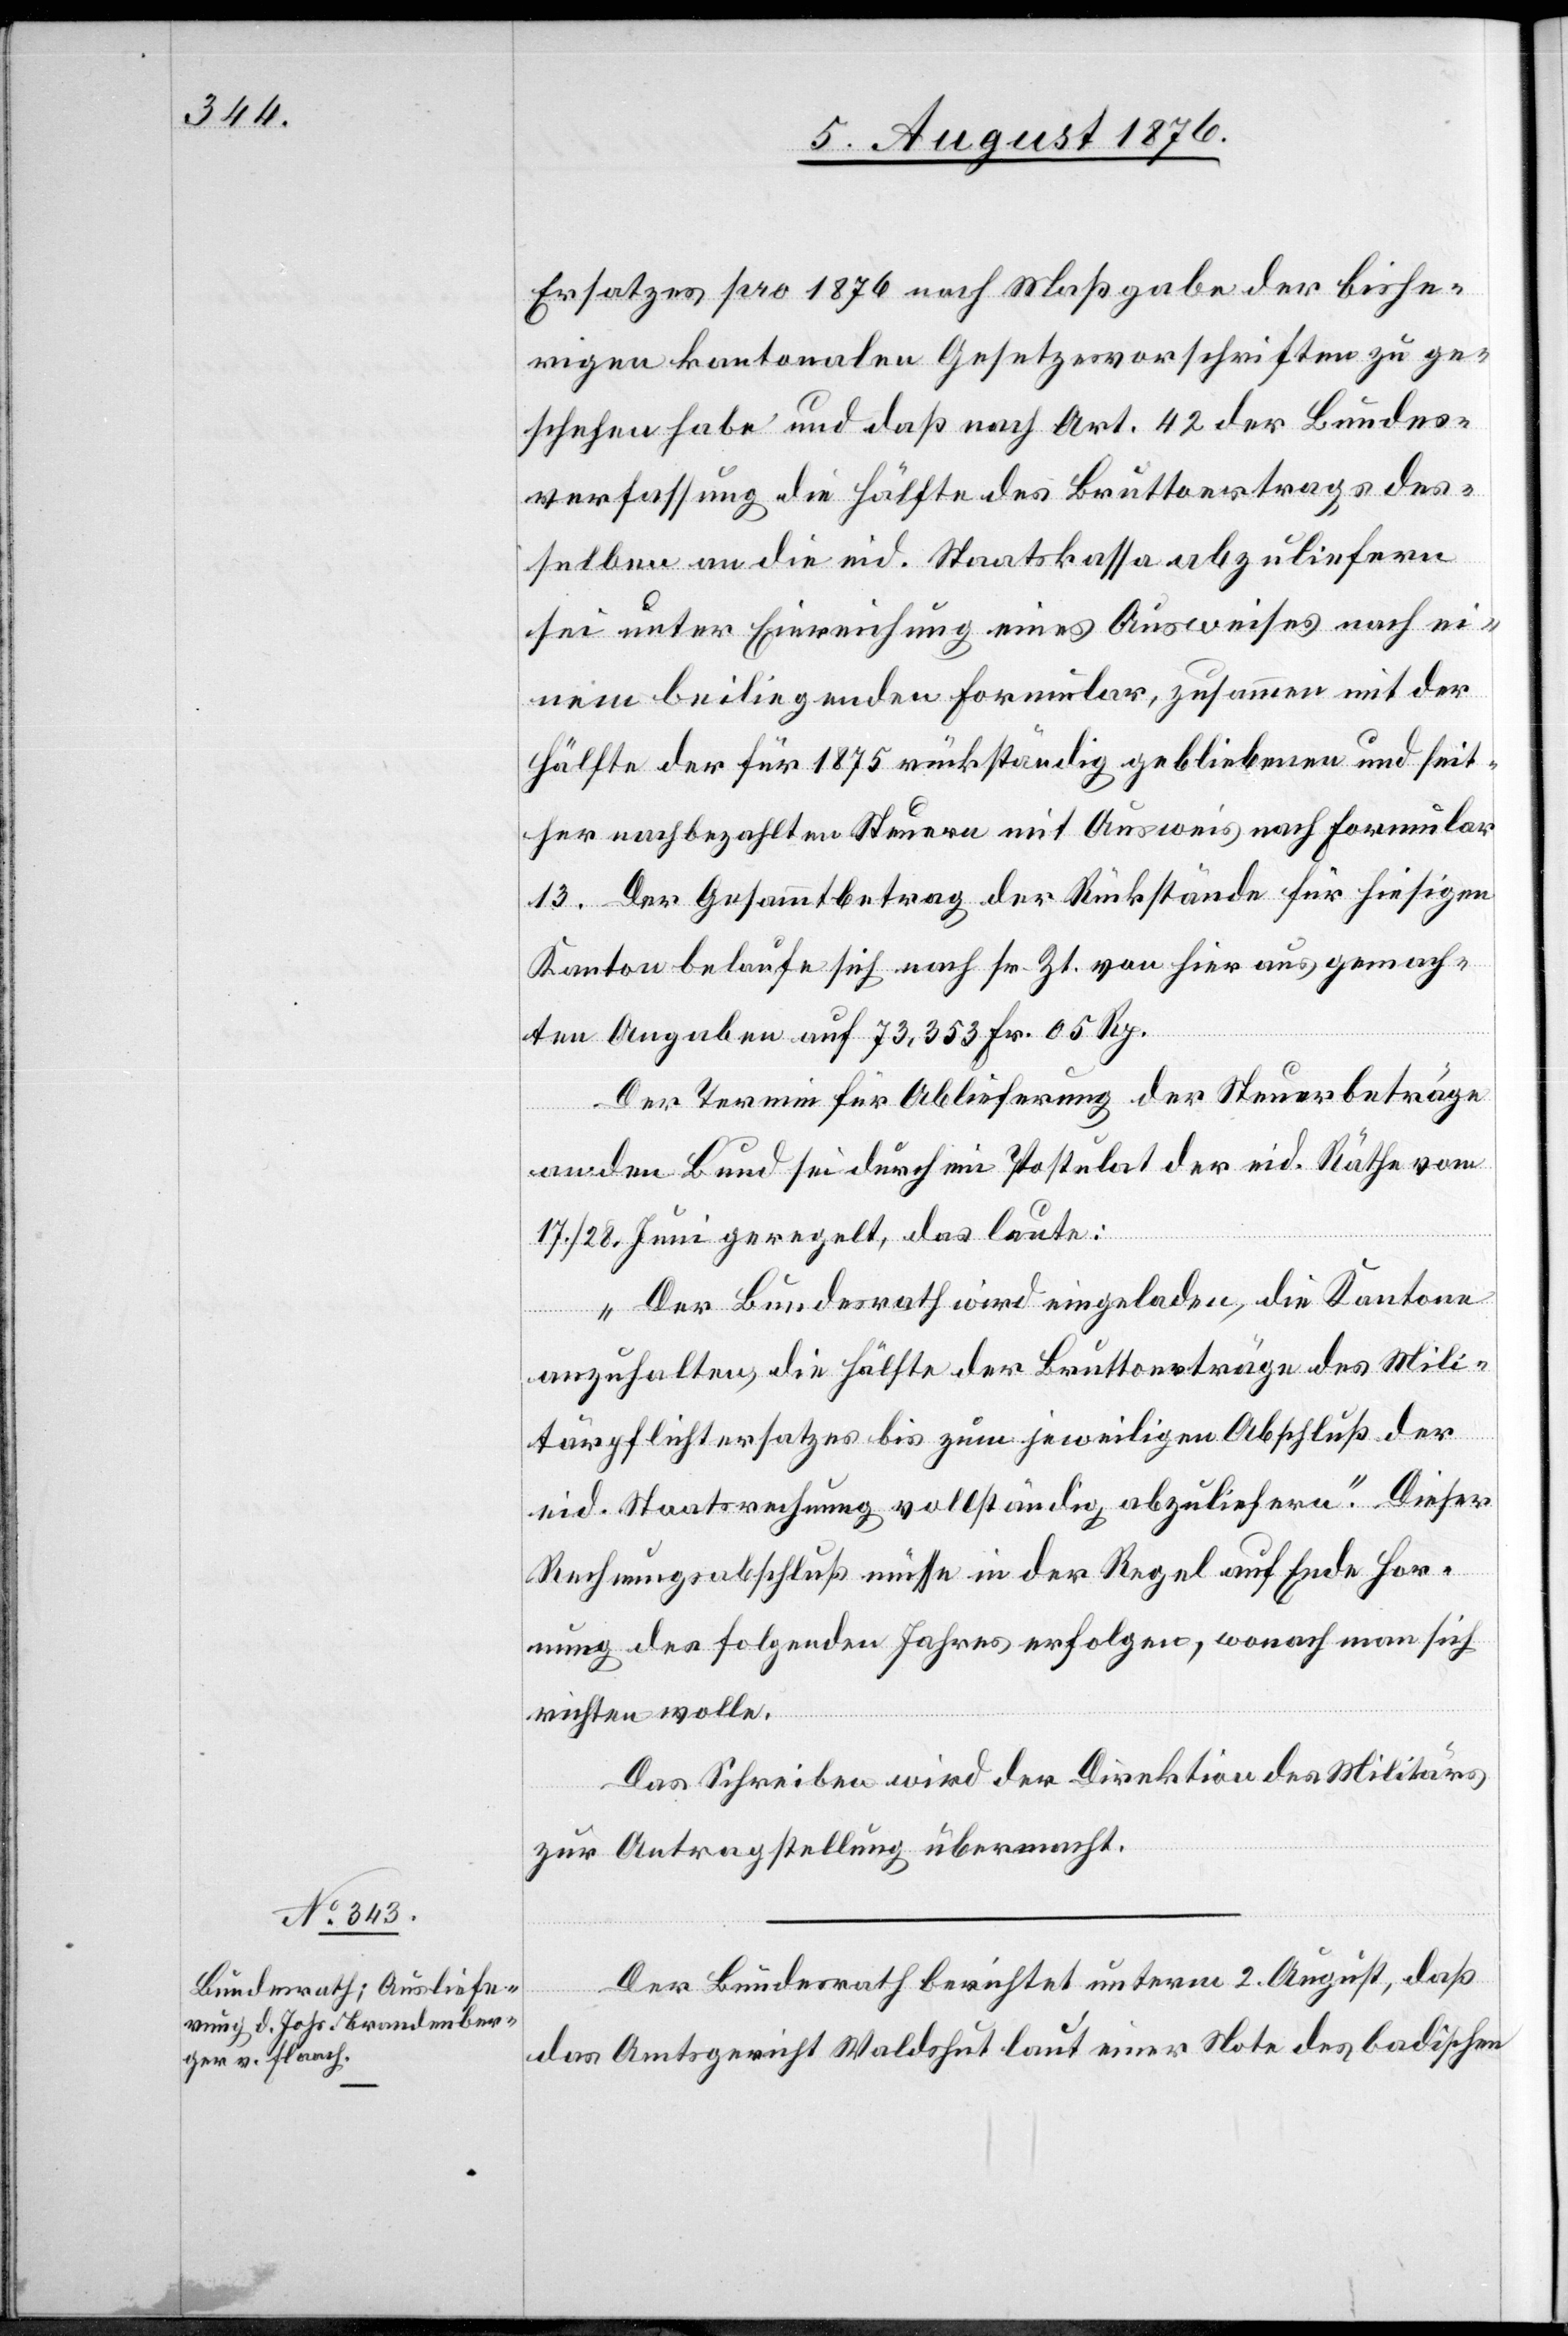
7. August 1876.]
Ersatzes pro 1876 nach Maßgabe der bishe¬
rigen kantonalen Gesetzesvorschriften zu ge¬
schehen habe und daß nach Art. 42 der Bundes¬
verfassung die Hälfte des Bruttoertrags des¬
selben an die eid. Staatskassa abzuliefern
sei unter Einreichung eines Ausweises nach ei¬
nem beiliegenden Formular, zusammen mit der
Hälfte der für 1875 rückständig gebliebenen und seit¬
her nahbezahlten Steuern mit Ausweis nach Formular
13. Der Gesammtbetrag der Rückstände für hiesigen
Kanton belaufe sich nach sr. Zt. von hier aus gemach¬
ten Angaben auf 73,353 Fr. 05 Rp.
Der Termin für Ablieferung der Steuerbeträge
an den Bund sei durch ein Postulat der eid. Räthe vom
17./28. Juni geregelt, das laute:
„Der Bundesrath wird eingeladen, die Kantone
anzuhalten, die Hälfte der Bruttoerträge des Mili¬
tärpflichtersatzes bis zum jeweiligen Abschluß der
eid. Staatsrechnung vollständig abzuliefern.“ Dieser
Rechnungsabschluß müsse in der Regel auf Ende Hor¬
nung des folgenden Jahres erfolgen, wonach man sich
richten wolle.
Das Schreiben wird der Direktion des Militärs
zur Antragstellung übermacht.
Der Bundesrath berichtet unterm 2. August, daß
das Amtsgericht Waldshut laut einer Note des badischen